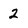
Character: 2